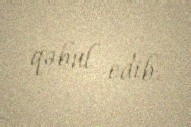
qəbul edib.